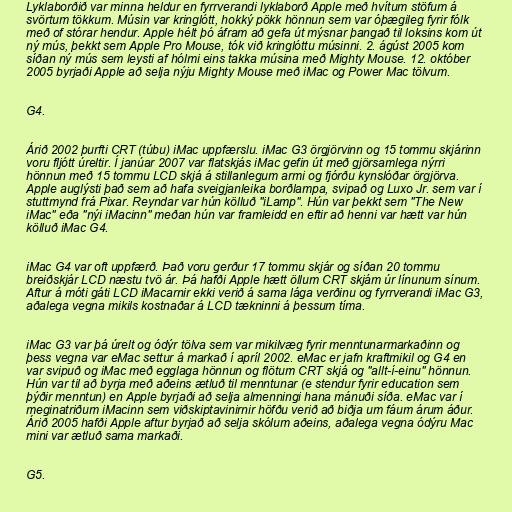
Lyklaborðið var minna heldur en fyrrverandi lyklaborð Apple með hvítum stöfum á
svörtum tökkum. Músin var kringlótt, hokký pökk hönnun sem var óþægileg fyrir fólk
með of stórar hendur. Apple hélt þó áfram að gefa út mýsnar þangað til loksins kom út
ný mús, þekkt sem Apple Pro Mouse, tók við kringlóttu músinni. 2. ágúst 2005 kom
síðan ný mús sem leysti af hólmi eins takka músina með Mighty Mouse. 12. október
2005 byrjaði Apple að selja nýju Mighty Mouse með iMac og Power Mac tölvum.

G4.

Árið 2002 þurfti CRT (túbu) iMac uppfærslu. iMac G3 örgjörvinn og 15 tommu skjárinn
voru fljótt úreltir. Í janúar 2007 var flatskjás iMac gefin út með gjörsamlega nýrri
hönnun með 15 tommu LCD skjá á stillanlegum armi og fjórðu kynslóðar örgjörva.
Apple auglýsti það sem að hafa sveigjanleika borðlampa, svipað og Luxo Jr. sem var í
stuttmynd frá Pixar. Reyndar var hún kölluð "iLamp". Hún var þekkt sem "The New
iMac" eða "nýi iMacinn" meðan hún var framleidd en eftir að henni var hætt var hún
kölluð iMac G4.

iMac G4 var oft uppfærð. Það voru gerður 17 tommu skjár og síðan 20 tommu
breiðskjár LCD næstu tvö ár. Þá hafði Apple hætt öllum CRT skjám úr línunum sínum.
Aftur á móti gáti LCD iMacarnir ekki verið á sama lága verðinu og fyrrverandi iMac G3,
aðalega vegna mikils kostnaðar á LCD tækninni á þessum tíma.

iMac G3 var þá úrelt og ódýr tölva sem var mikilvæg fyrir menntunarmarkaðinn og
þess vegna var eMac settur á markað í apríl 2002. eMac er jafn kraftmikil og G4 en
var svipuð og iMac með egglaga hönnun og flötum CRT skjá og "allt-í-einu" hönnun.
Hún var til að byrja með aðeins ætluð til menntunar (e stendur fyrir education sem
þýðir menntun) en Apple byrjaði að selja almenningi hana mánuði síða. eMac var í
meginatriðum iMacinn sem viðskiptavinirnir höfðu verið að biðja um fáum árum áður.
Árið 2005 hafði Apple aftur byrjað að selja skólum aðeins, aðalega vegna ódýru Mac
mini var ætluð sama markaði.

G5.